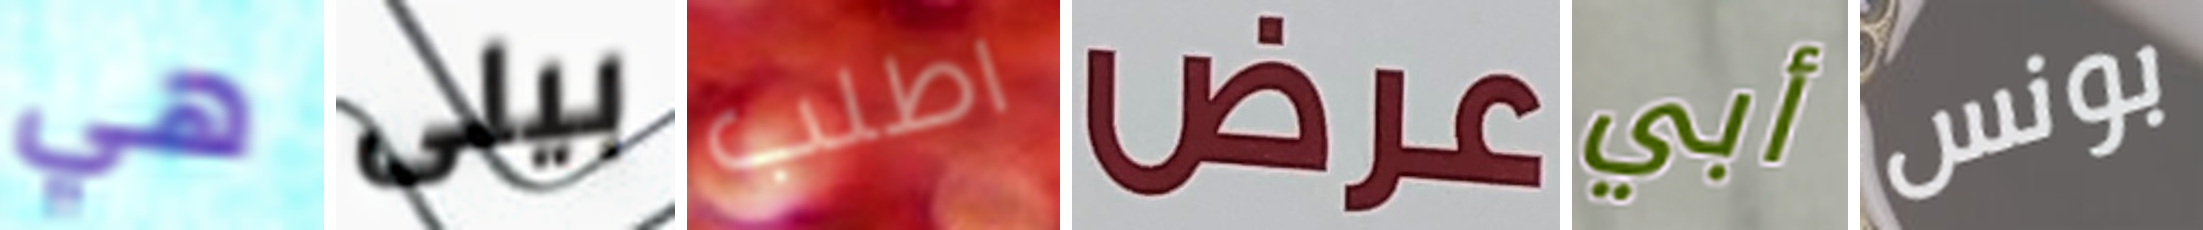
هي بيلى اطلب عرض أبي بونس